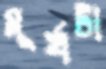
মূর্খটা